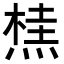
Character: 𭵣